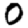
Digit: 0